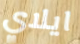
ايلاي